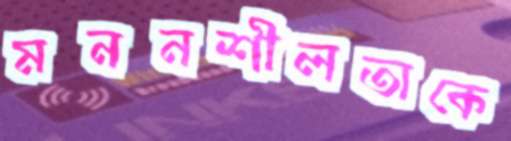
মননশীলতাকে